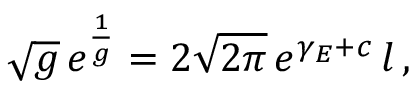
\sqrt { g } \, e ^ { \frac { 1 } { g } } = 2 \sqrt { 2 \pi } \, e ^ { \gamma _ { E } + c } \, l \, ,